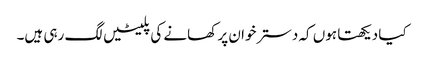
کیا دیکھتا ہوں کہ دسترخوان پر کھانے کی پلیٹیں لگ رہی ہیں۔